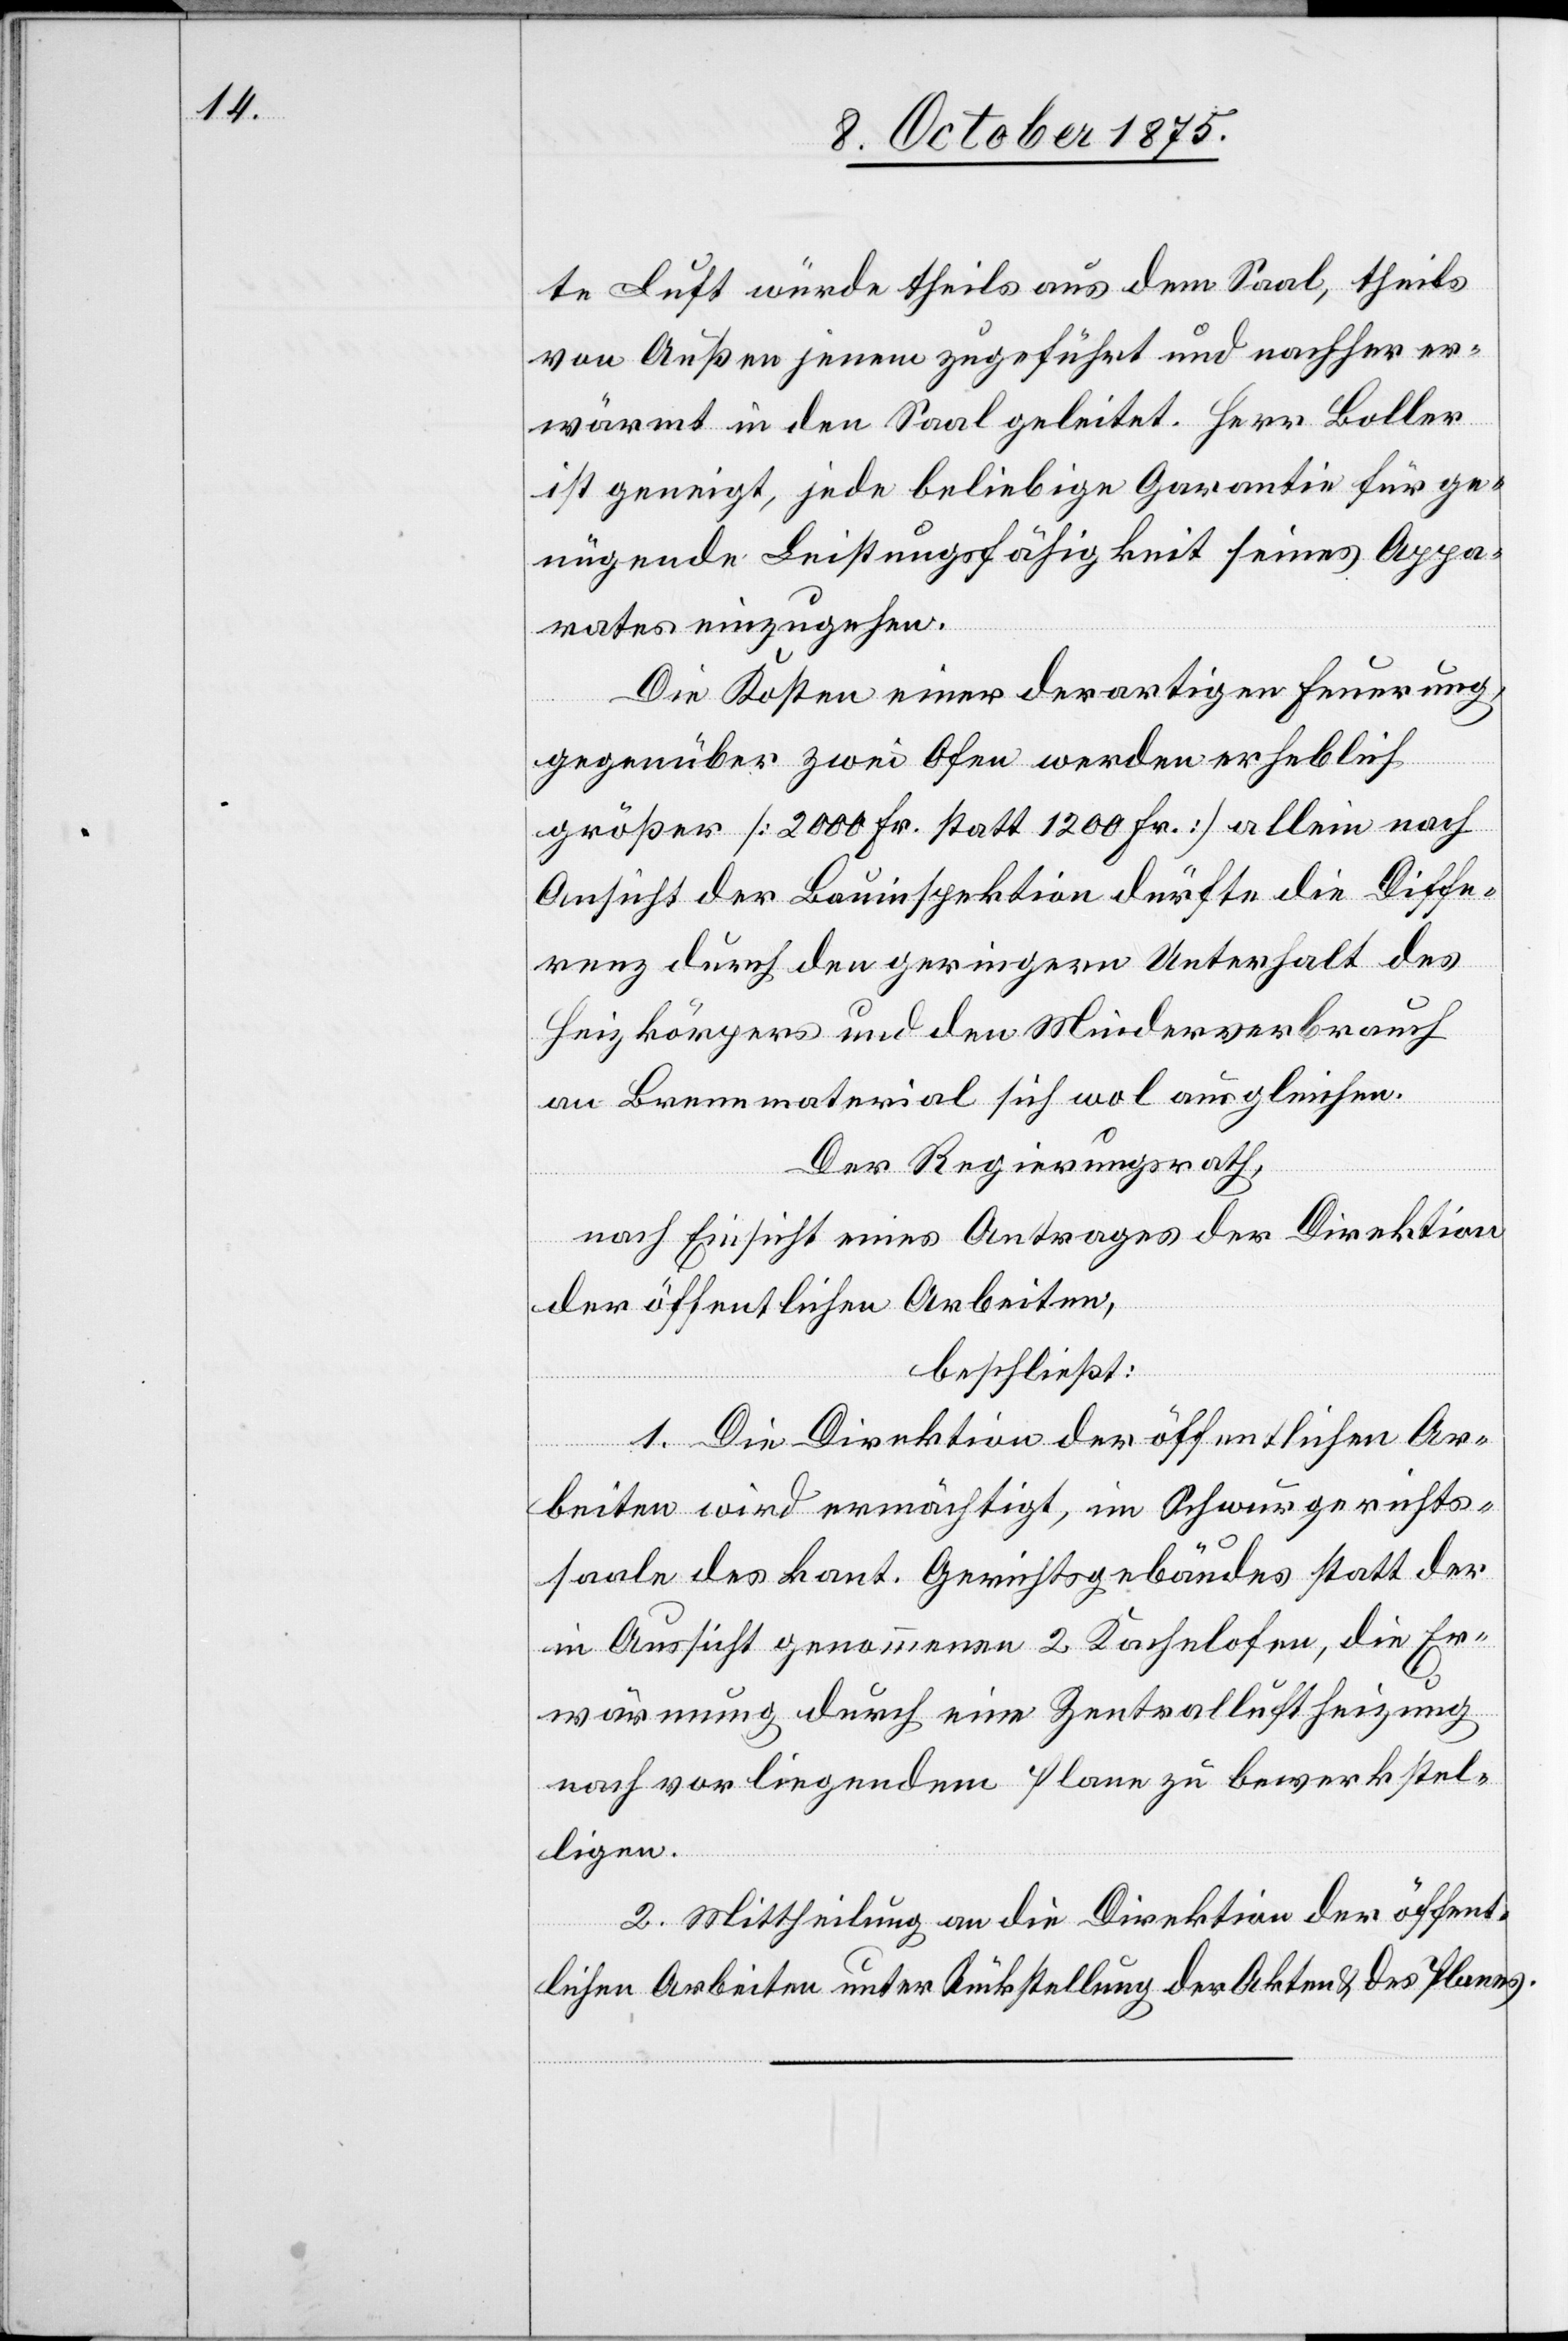
te Luft würde theils aus dem Saal, theils
von Außen jenem zugeführt und nachher er¬
wärmt in den Saal geleitet. Herr Boller
ist geneigt, jede beliebige Garantie für ge¬
nügende Leistungsfähigkeit seines Appa¬
rates einzugehen.
Die Kosten einer derartigen Feuerung,
gegenüber zwei Ofen werden erheblich
größer [2000 Fr. statt 1200 Fr.] allein nach
Ansicht der Bauinspektion dürfte die Diffe¬
renz durch den geringern Unterhalt des
Heizkörpers und den Minderverbrauch
an Brennmaterial sich wol ausgleichen.
Der Regierungsrath,
nach Einsicht eines Antrages der Direktion
der öffentlichen Arbeiten,
beschließt:
1. Die Direktion der öffentlichen Ar¬
beiten wird ermächtigt, im Schwurgerichts¬
aal des kant. Gerichtsgebäudes statt der
in Aussicht genommenen 2 Kachelofen, die Er¬
wärmung durch eine Zentralluftheizung
nach vorliegendem Plane zu bewerkstel¬
ligen.
2. Mittheilung an die Direktion der öffent¬
lichen Arbeiten unter Rückstellung der Akten & des Planes.